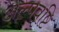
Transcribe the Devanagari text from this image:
अल्पवृष्टि